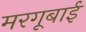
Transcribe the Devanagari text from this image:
मरगूबाई